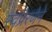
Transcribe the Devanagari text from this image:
स्वप्रेरणेने